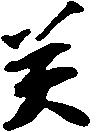
癸